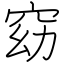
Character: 窈